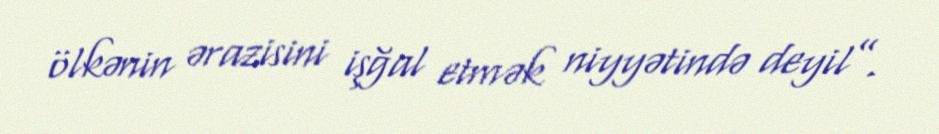
ölkənin ərazisini işğal etmək niyyətində deyil”.